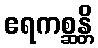
ဧရကစ္ဆန္တိ